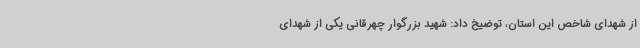
از شهدای شاخص این استان، توضیخ داد: شهید بزرگوار چهرقانی یکی از شهدای